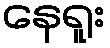
နေရူး